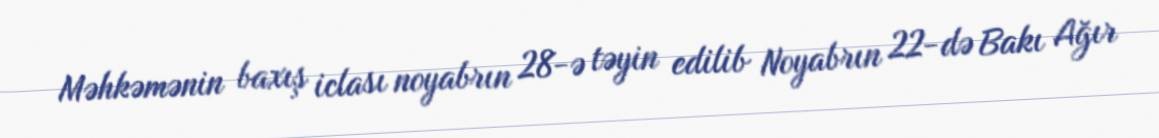
Məhkəmənin baxış iclası noyabrın 28-ə təyin edilib Noyabrın 22-də Bakı Ağır